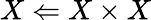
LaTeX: X\Leftarrow X\times X